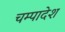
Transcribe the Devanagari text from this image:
चम्पादेश